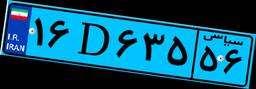
۱۶D۶۳۵۵۶